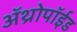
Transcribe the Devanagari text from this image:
अॅथ्रोपॉईड